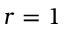
r = 1